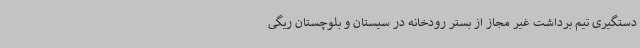
دستگیری تیم برداشت غیر مجاز از بستر رودخانه در سیستان و بلوچستان ریگی